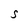
Character: S